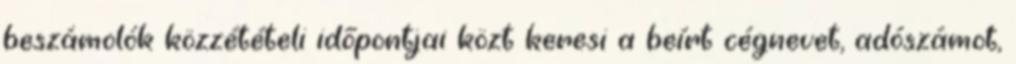
beszámolók közzétételi időpontjai közt keresi a beírt cégnevet, adószámot,